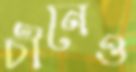
চীনেও